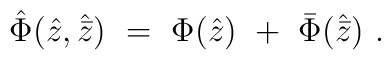
{\hat \Phi}({\hat z},{\hat{\bar z}})\ =\ \Phi ({\hat z})\ +\ {\bar\Phi}({\hat{\bar z}})\ .